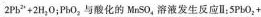
2 Pb^{2+} + 2 H_{2} O$$; PbO_{2}与酸化的MnSO_{4}溶液发生反应Ⅱ:$$5 Pb O_{2} +